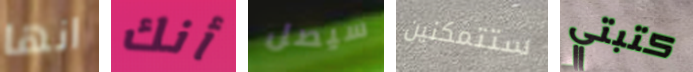
انها أنك سيصل ستتمكنين كتبتي